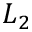
L _ { 2 }